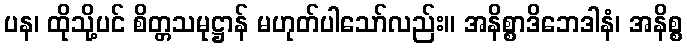
ပန၊ ထိုသို့ပင် စိတ္တသမုဋ္ဌာန် မဟုတ်ပါသော်လည်း။ အနိစ္စာဒိဘေဒါနံ၊ အနိစ္စ